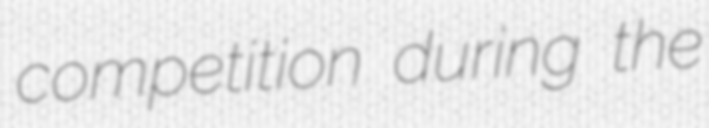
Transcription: competition during the